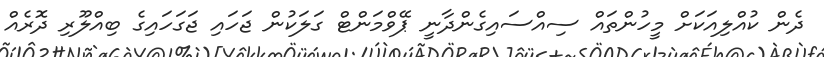
ދެން ކުއްލިއަކަށް މީހުންތައް ސިއްސައިގެންދާނީ ޕޭވްމަންޓް ގަލަކުން ޖަހައި ޖަގަހައިގެ ބިއްލޫރި ދޮރެއް